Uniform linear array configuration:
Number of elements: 16
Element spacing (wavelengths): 0.5
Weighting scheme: hamming
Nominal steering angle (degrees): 30
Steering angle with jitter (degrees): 30.485
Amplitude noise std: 0.05
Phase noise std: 0.05

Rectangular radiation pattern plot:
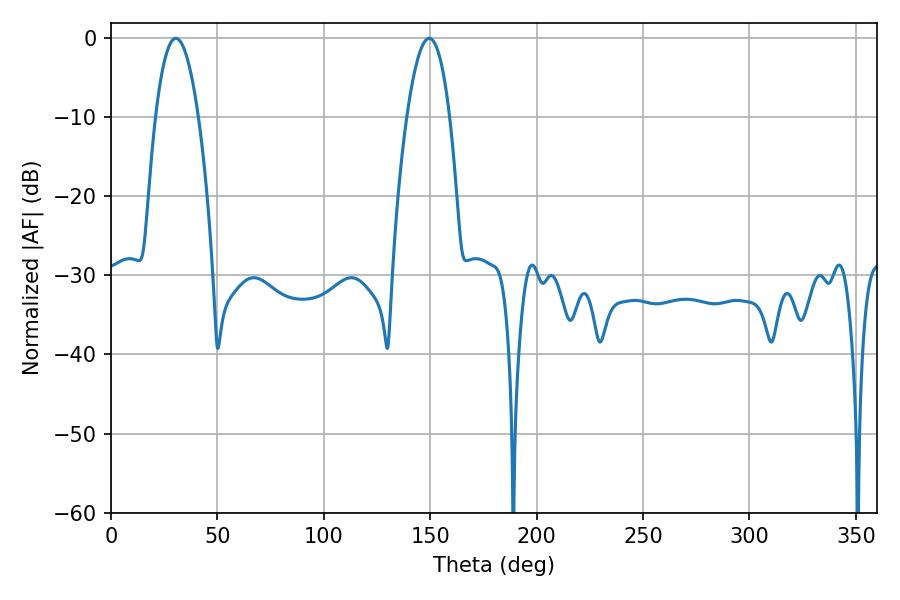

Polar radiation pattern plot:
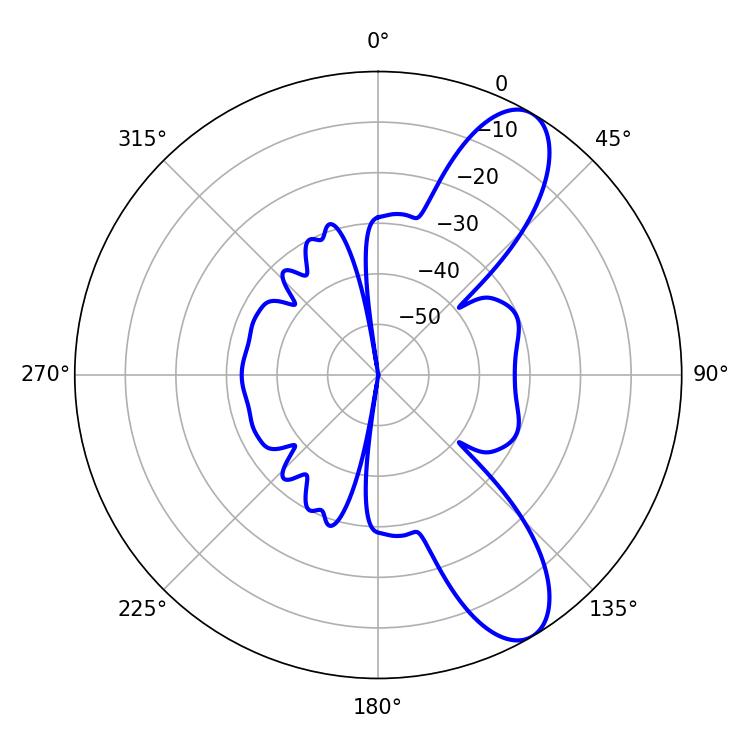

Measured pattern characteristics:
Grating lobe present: FALSE
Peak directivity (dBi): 9.748
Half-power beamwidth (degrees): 11.16
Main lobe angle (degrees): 30.42